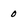
Character: 0